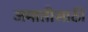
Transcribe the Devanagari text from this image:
जमातीसाठी